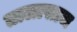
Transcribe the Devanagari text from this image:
तालासाज